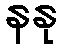
နနု